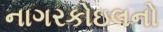
નાગરકોઇલનો